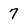
Character: 7